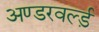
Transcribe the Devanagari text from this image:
अण्डरवर्ल्ड़